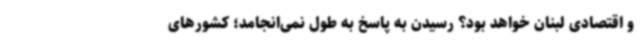
و اقتصادی لبنان خواهد بود؟ رسیدن به پاسخ به طول نمی‌انجامد؛ کشورهای